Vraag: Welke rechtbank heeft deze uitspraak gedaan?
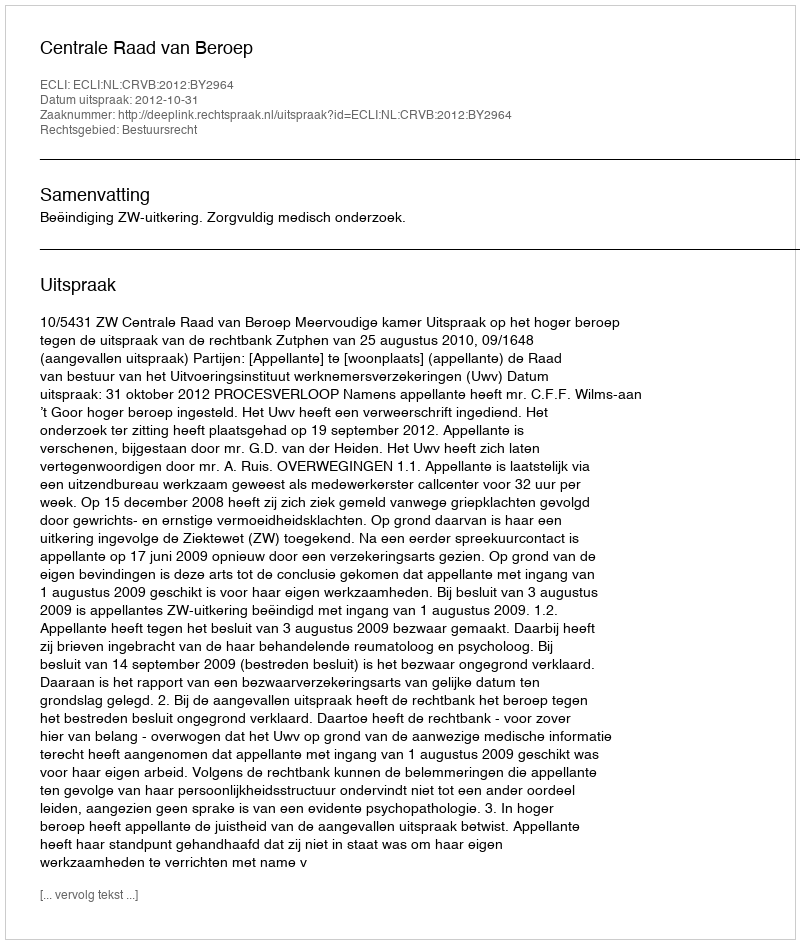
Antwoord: Centrale Raad van Beroep